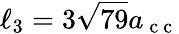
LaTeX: \ell_{3}=3\sqrt{79}a_{\mathrm{~c~c~}}